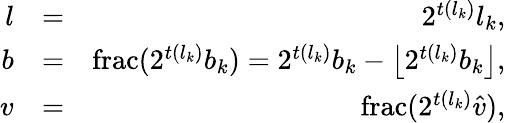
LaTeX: \begin{array}{rlr}{l}&{=}&{2^{t(l_{k})}l_{k},}\\ {b}&{=}&{\mathrm{frac}(2^{t(l_{k})}b_{k})=2^{t(l_{k})}b_{k}-\left\lfloor 2^{t(l_{k})}b_{k}\right\rfloor,}\\ {v}&{=}&{\mathrm{frac}(2^{t(l_{k})}\hat{v}),}\end{array}